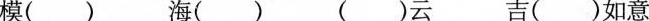
模() 海() ()云 吉()如意